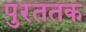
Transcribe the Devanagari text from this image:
पुरततक